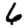
Digit: 6